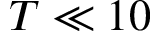
T \ll 1 0